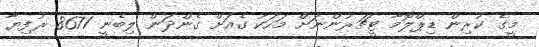
މީގެ ކުރިން ޑިޕްލޮމާ ޓީޗަރުންނަށް މަހަކު ގެއަށް ގެންދަން ލިބެނީ 8671 ރުފިޔާ